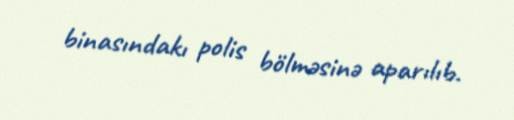
binasındakı polis bölməsinə aparılıb.